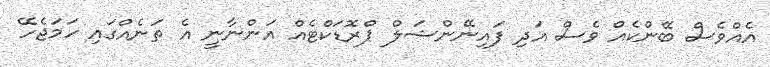
އެއްވެސް ބޭންކެއް ވެސް އަދި ފައިނޭންޝަލް ޕްރޮޑަކްޓެއް އަންނާނީ އެ ތަނެއްގައި ހަމަޖެހޭ